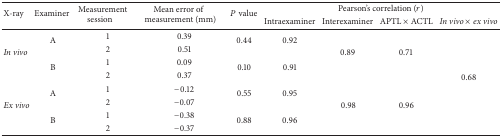
| <ROWSPAN=2> X-ray | <ROWSPAN=2> Examiner | <ROWSPAN=2> Measurement session | <ROWSPAN=2> Mean error of measurement (mm) | <ROWSPAN=2> P value | <COLSPAN=4> Pearson's correlation (r) |
 | Intraexaminer | Interexaminer | APTL × ACTL | In vivo × ex vivo |
 | --- | --- | --- | --- | --- | --- | --- | --- | --- |
 | <ROWSPAN=4> In vivo | <ROWSPAN=2> A | 1 | 0.39 | <ROWSPAN=2> 0.44 | <ROWSPAN=2> 0.92 | <ROWSPAN=4> 0.89 | <ROWSPAN=4> 0.71 | <ROWSPAN=8> 0.68 |
 | 2 | 0.51 |
 | <ROWSPAN=2> B | 1 | 0.09 | <ROWSPAN=2> 0.10 | <ROWSPAN=2> 0.91 |
 | 2 | 0.37 |
 | <ROWSPAN=4> Ex vivo | <ROWSPAN=2> A | 1 | −0.12 | <ROWSPAN=2> 0.55 | <ROWSPAN=2> 0.95 | <ROWSPAN=4> 0.98 | <ROWSPAN=4> 0.96 |
 | 2 | −0.07 |
 | <ROWSPAN=2> B | 1 | −0.38 | <ROWSPAN=2> 0.88 | <ROWSPAN=2> 0.96 |
 | 2 | −0.37 |